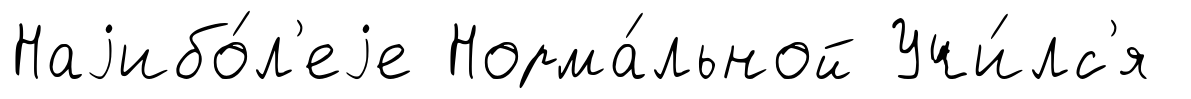
Наjибо́л'еjе Норма́льной Учи́лс'я